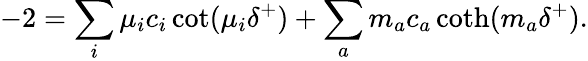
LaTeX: -2=\sum_{i}\mu_{i}c_{i}\cot(\mu_{i}\delta^{+})+\sum_{a}m_{a}c_{a}\coth(m_{a}\delta^{+}).